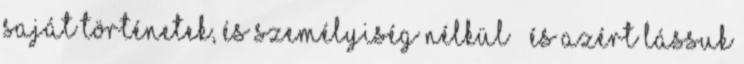
saját történetek, és személyiség nélkül – és azért lássuk